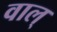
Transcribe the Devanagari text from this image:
वाल्